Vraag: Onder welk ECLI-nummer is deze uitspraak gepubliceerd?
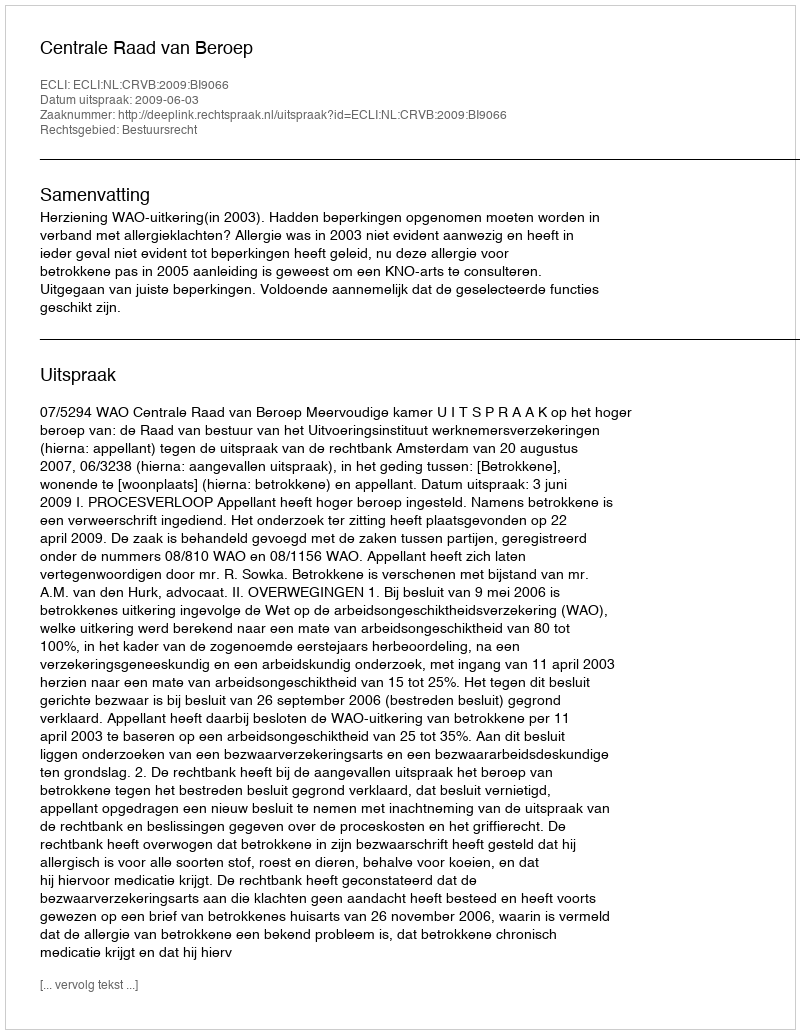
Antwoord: ECLI:NL:CRVB:2009:BI9066